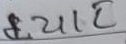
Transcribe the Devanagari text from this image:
च्याट